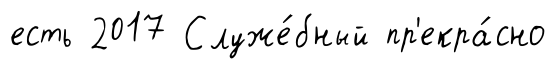
есть 2017 Служе́бный пр'екра́сно